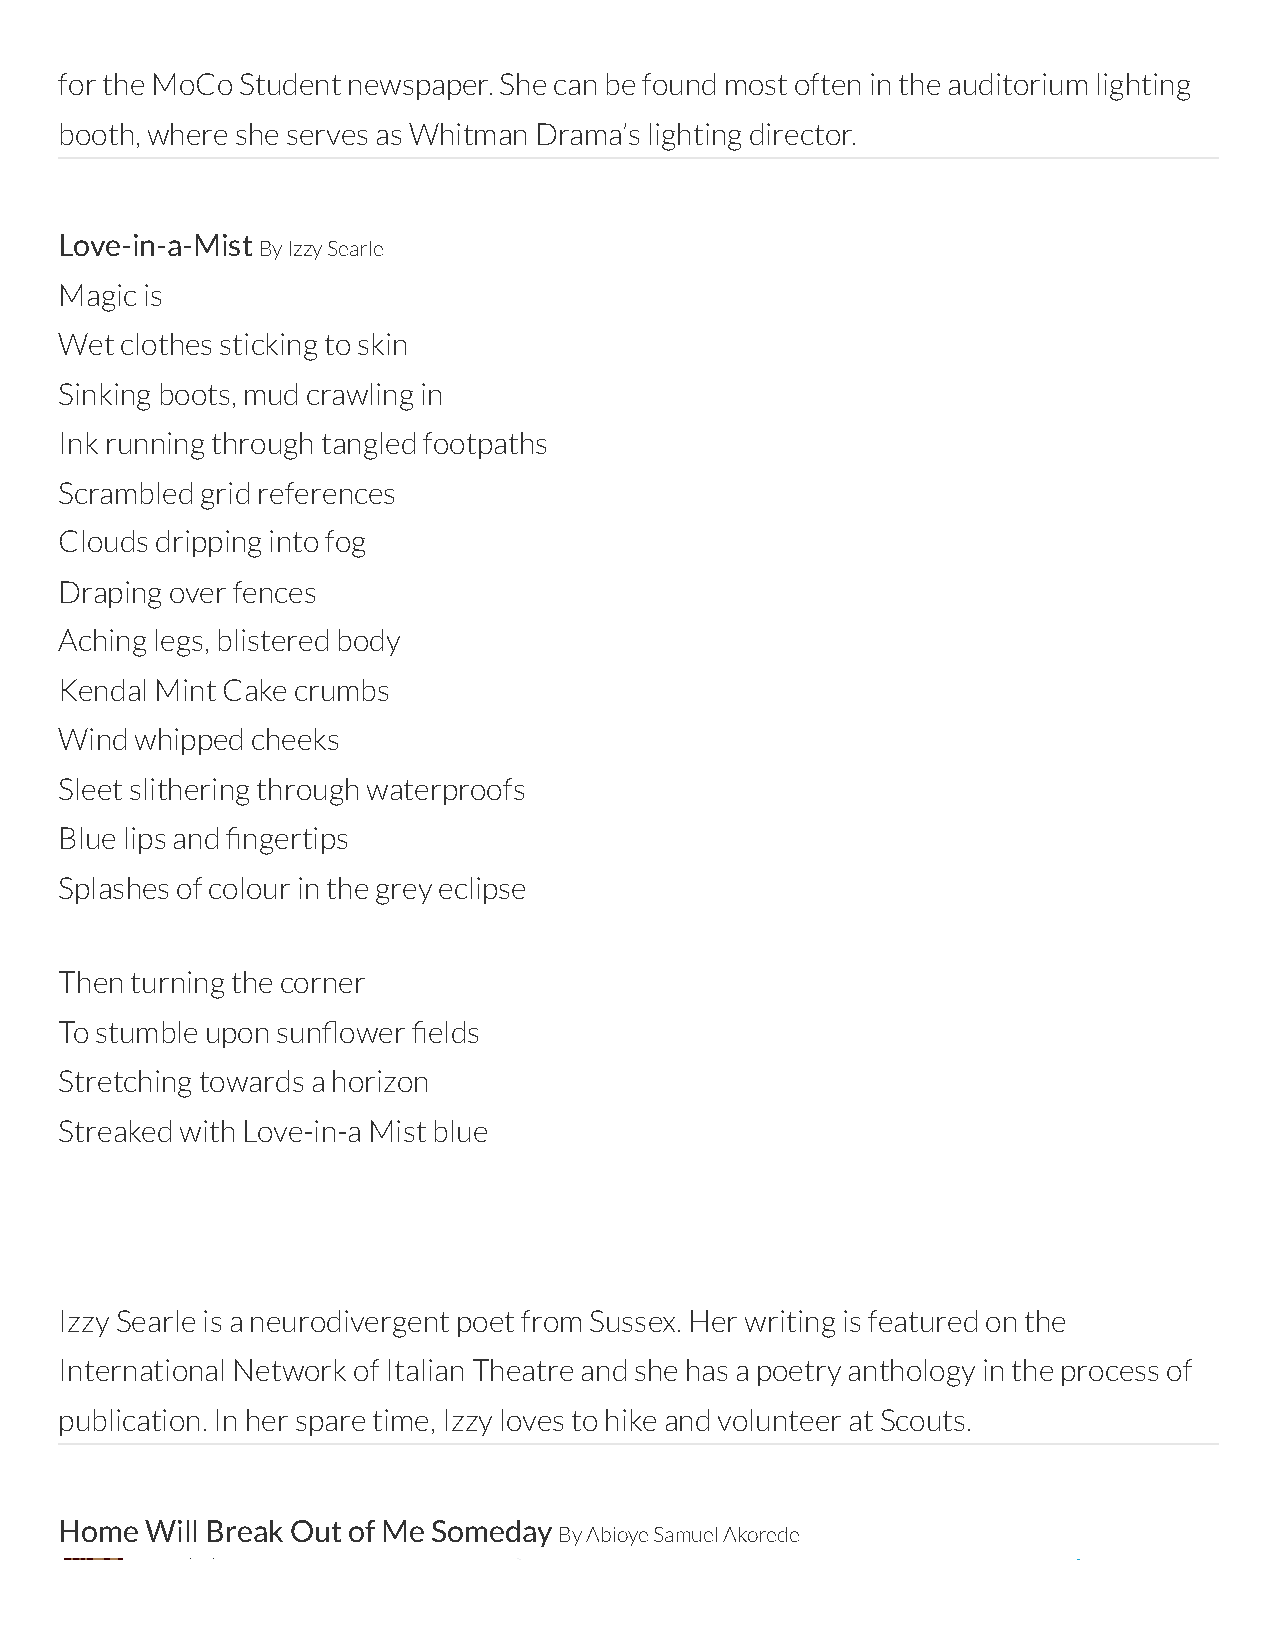
for the MoCo Student newspaper. She can be found most often in the auditorium lighting
 booth, where she serves as Whitman Drama’s lighting director.
 Love-in-a-Mist
 By Izzy Searle
 Magic is
 Wet clothes sticking to skin
 Sinking boots, mud crawling in
 Ink running through tangled footpaths
 Scrambled grid references
 Clouds dripping into fog
 Draping over fences
 Aching legs, blistered body
 Kendal Mint Cake crumbs
 Wind whipped cheeks
 Sleet slithering through waterproofs
 Blue lips and ngertips
 Splashes of colour in the grey eclipse
 Then turning the corner
 To stumble upon sunower elds
 Stretching towards a horizon
 Streaked with Love-in-a Mist blue
 Izzy Searle is a neurodivergent poet from Sussex. Her writing is featured on the
 International Network of Italian Theatre and she has a poetry anthology in the process of
 publication. In her spare time, Izzy loves to hike and volunteer at Scouts.
 Home  Will Break Out of Me Someday
 By Abioye Samuel Akorede